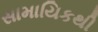
સામાયિકથી